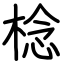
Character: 棯